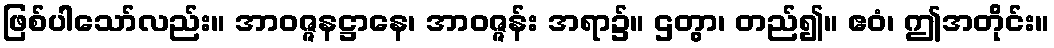
ဖြစ်ပါသော်လည်း။ အာဝဇ္ဇနဋ္ဌာနေ၊ အာဝဇ္ဇန်း အရာ၌။ ဌတွာ၊ တည်၍။ ဧဝံ၊ ဤအတိုင်း။